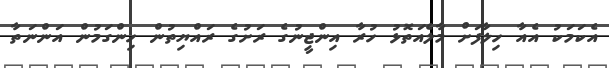
އެކަމަކު އެއާ ހިލާފަށް މާލެއަތޮޅު ހުރާ އިންޖީނުގެ ރަށުގެ ރައްޔިތުން ހިންގަމުން އަންނަތާ